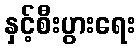
နှင့်စီးပွားရေး